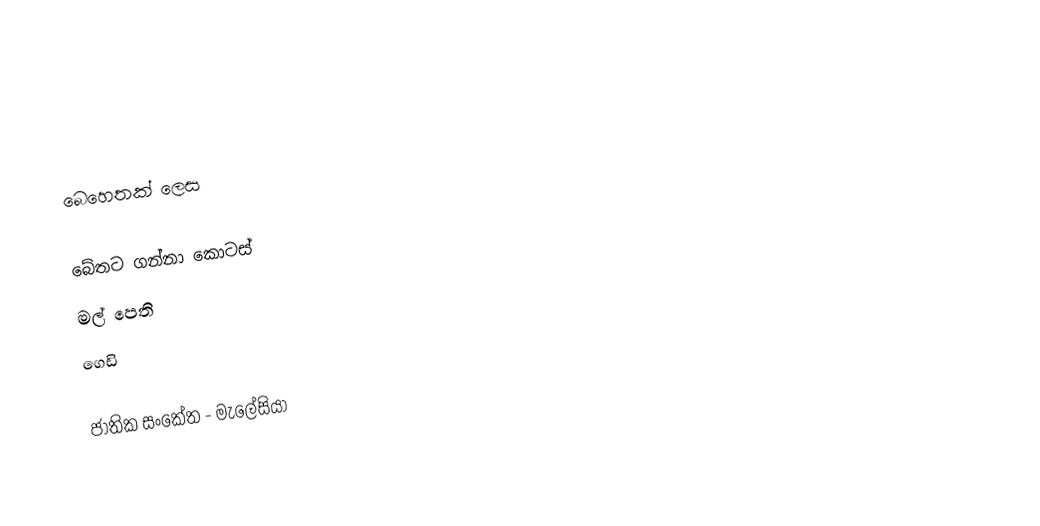

බෙහෙතක් ලෙස

බේතට ගන්නා කොටස්
 මල් පෙති
 ගෙඩි

ජාතික සංකේත - මැලේසියා